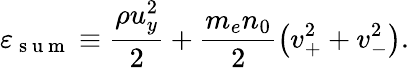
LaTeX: \varepsilon_{\mathrm{~s~u~m~}}\equiv\frac{\rho u_{y}^{2}}{2}+\frac{m_{e}n_{0}}{2}\left(v_{+}^{2}+v_{-}^{2}\right).